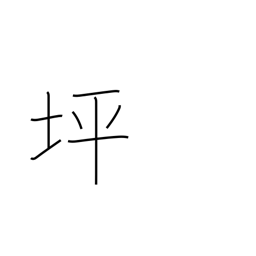
Meaning: approx. thirty-six sq ft